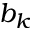
b _ { k }